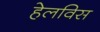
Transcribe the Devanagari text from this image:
हेलविस